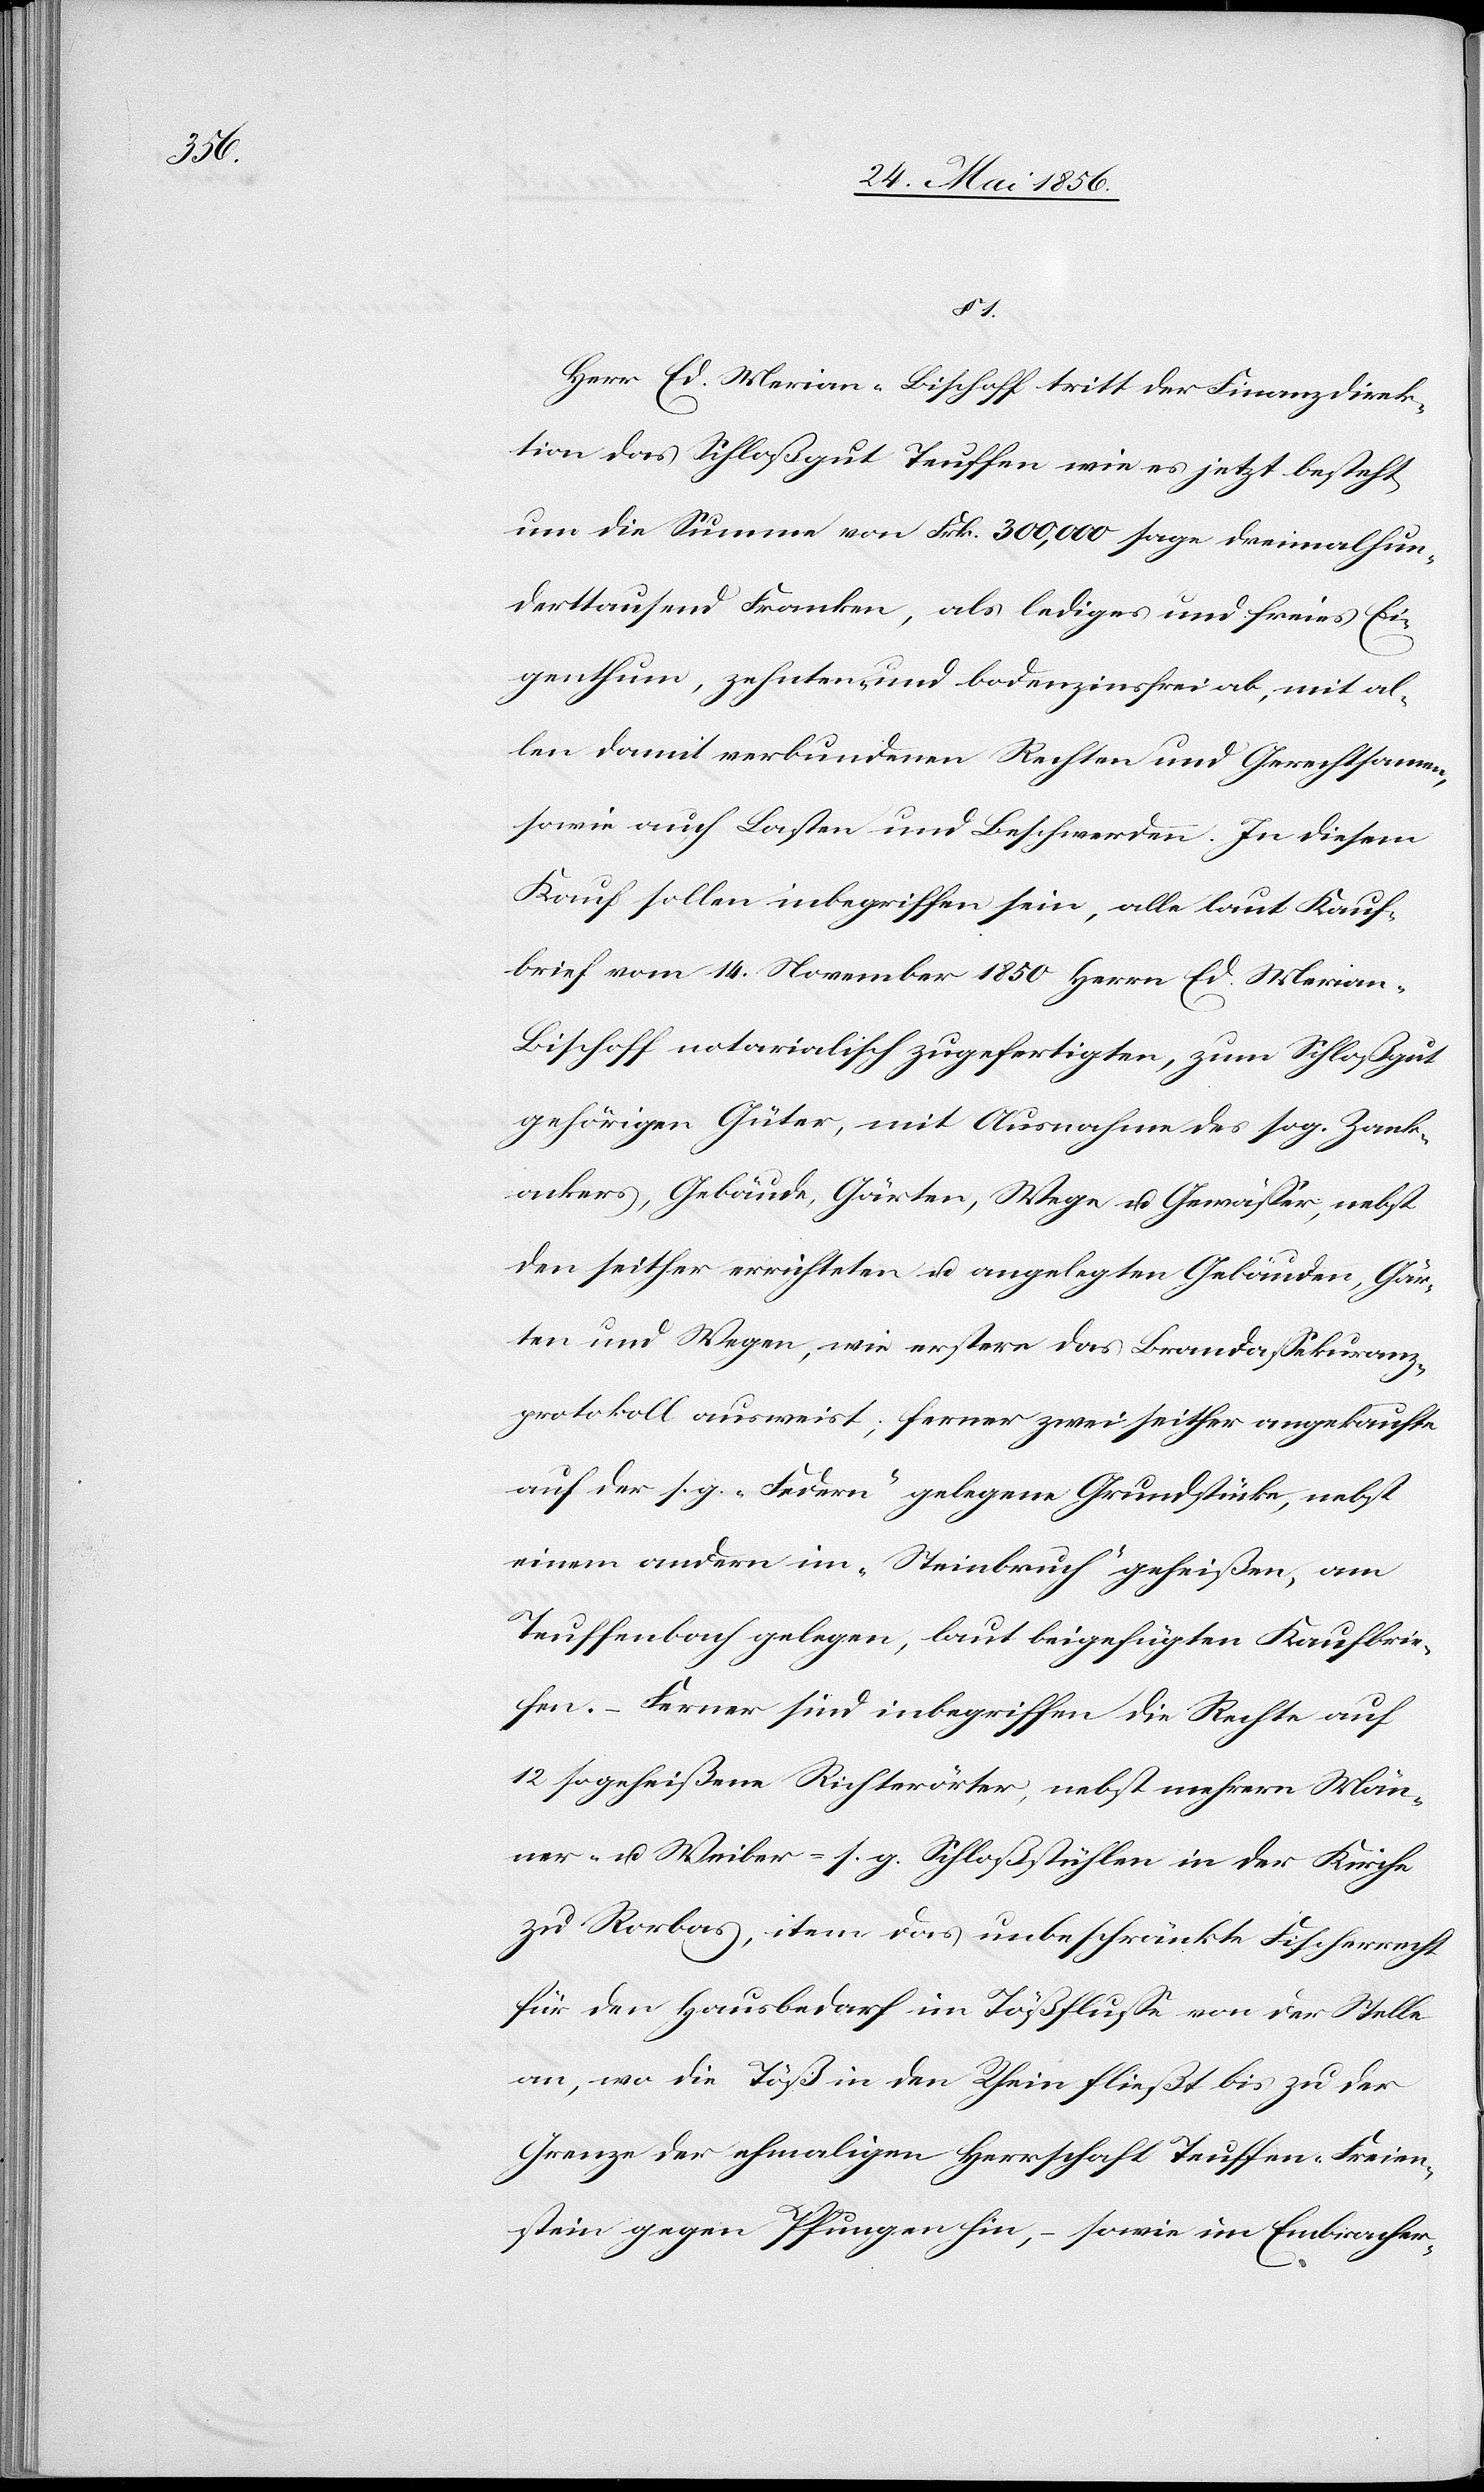
Herr Ed. Merian-Bischoff tritt der Finanzdirek¬
tion das Schloßgut Teuffen wie es jetzt besteht
um die Summe von Frk. 300,000 sage dreimalhun¬
derttausend Franken, als lediges und freies Ei¬
genthum, zehnten- und bodenzinsfrei ab, mit al¬
len damit verbundenen Rechten und Gerechtsamen,
sowie auch Lasten und Beschwerden. In diesem
Kauf sollen inbegriffen sein, alle laut Kauf¬
brief vom 14. November 1850 Herrn Ed. Merian-B¬
ischoff notarialisch zugefertigten, zum Schloßgut
gehörigen Güter, mit Ausnahme des sog. Zank¬
ackers, Gebäude, Gärten, Wege u. Gewässer, nebst
den seither errichteten u. angelegten Gebäuden, Gär¬
ten und Wegen, wie erstere das Brandassekuranz¬
protokoll ausweist; ferner zwei seither angekaufte
auf der s. g. „Federn“ gelegene Grundstücke, nebst
einem andern im „Steinbruch“ geheißen, am
Teuffenbach gelegen, laut beigefügten Kaufbrie¬
fen. – Ferner sind inbegriffen die Rechte auf
12 sogeheißene Richterörter, nebst mehrern Män¬
ner- u. Weiber- s. g. Schloßstühlen in der Kirche
zu Rorbas, item das unbeschränkte Fischerrecht
für den Hausbedarf im Tößflusse von der Stelle
an, wo die Töß in den Rhein fließt bis zu der
Grenze der ehmaligen Herrschaft Teuffen-Freien¬
stein gegen Pfungen hin, – sowie im Embracher-